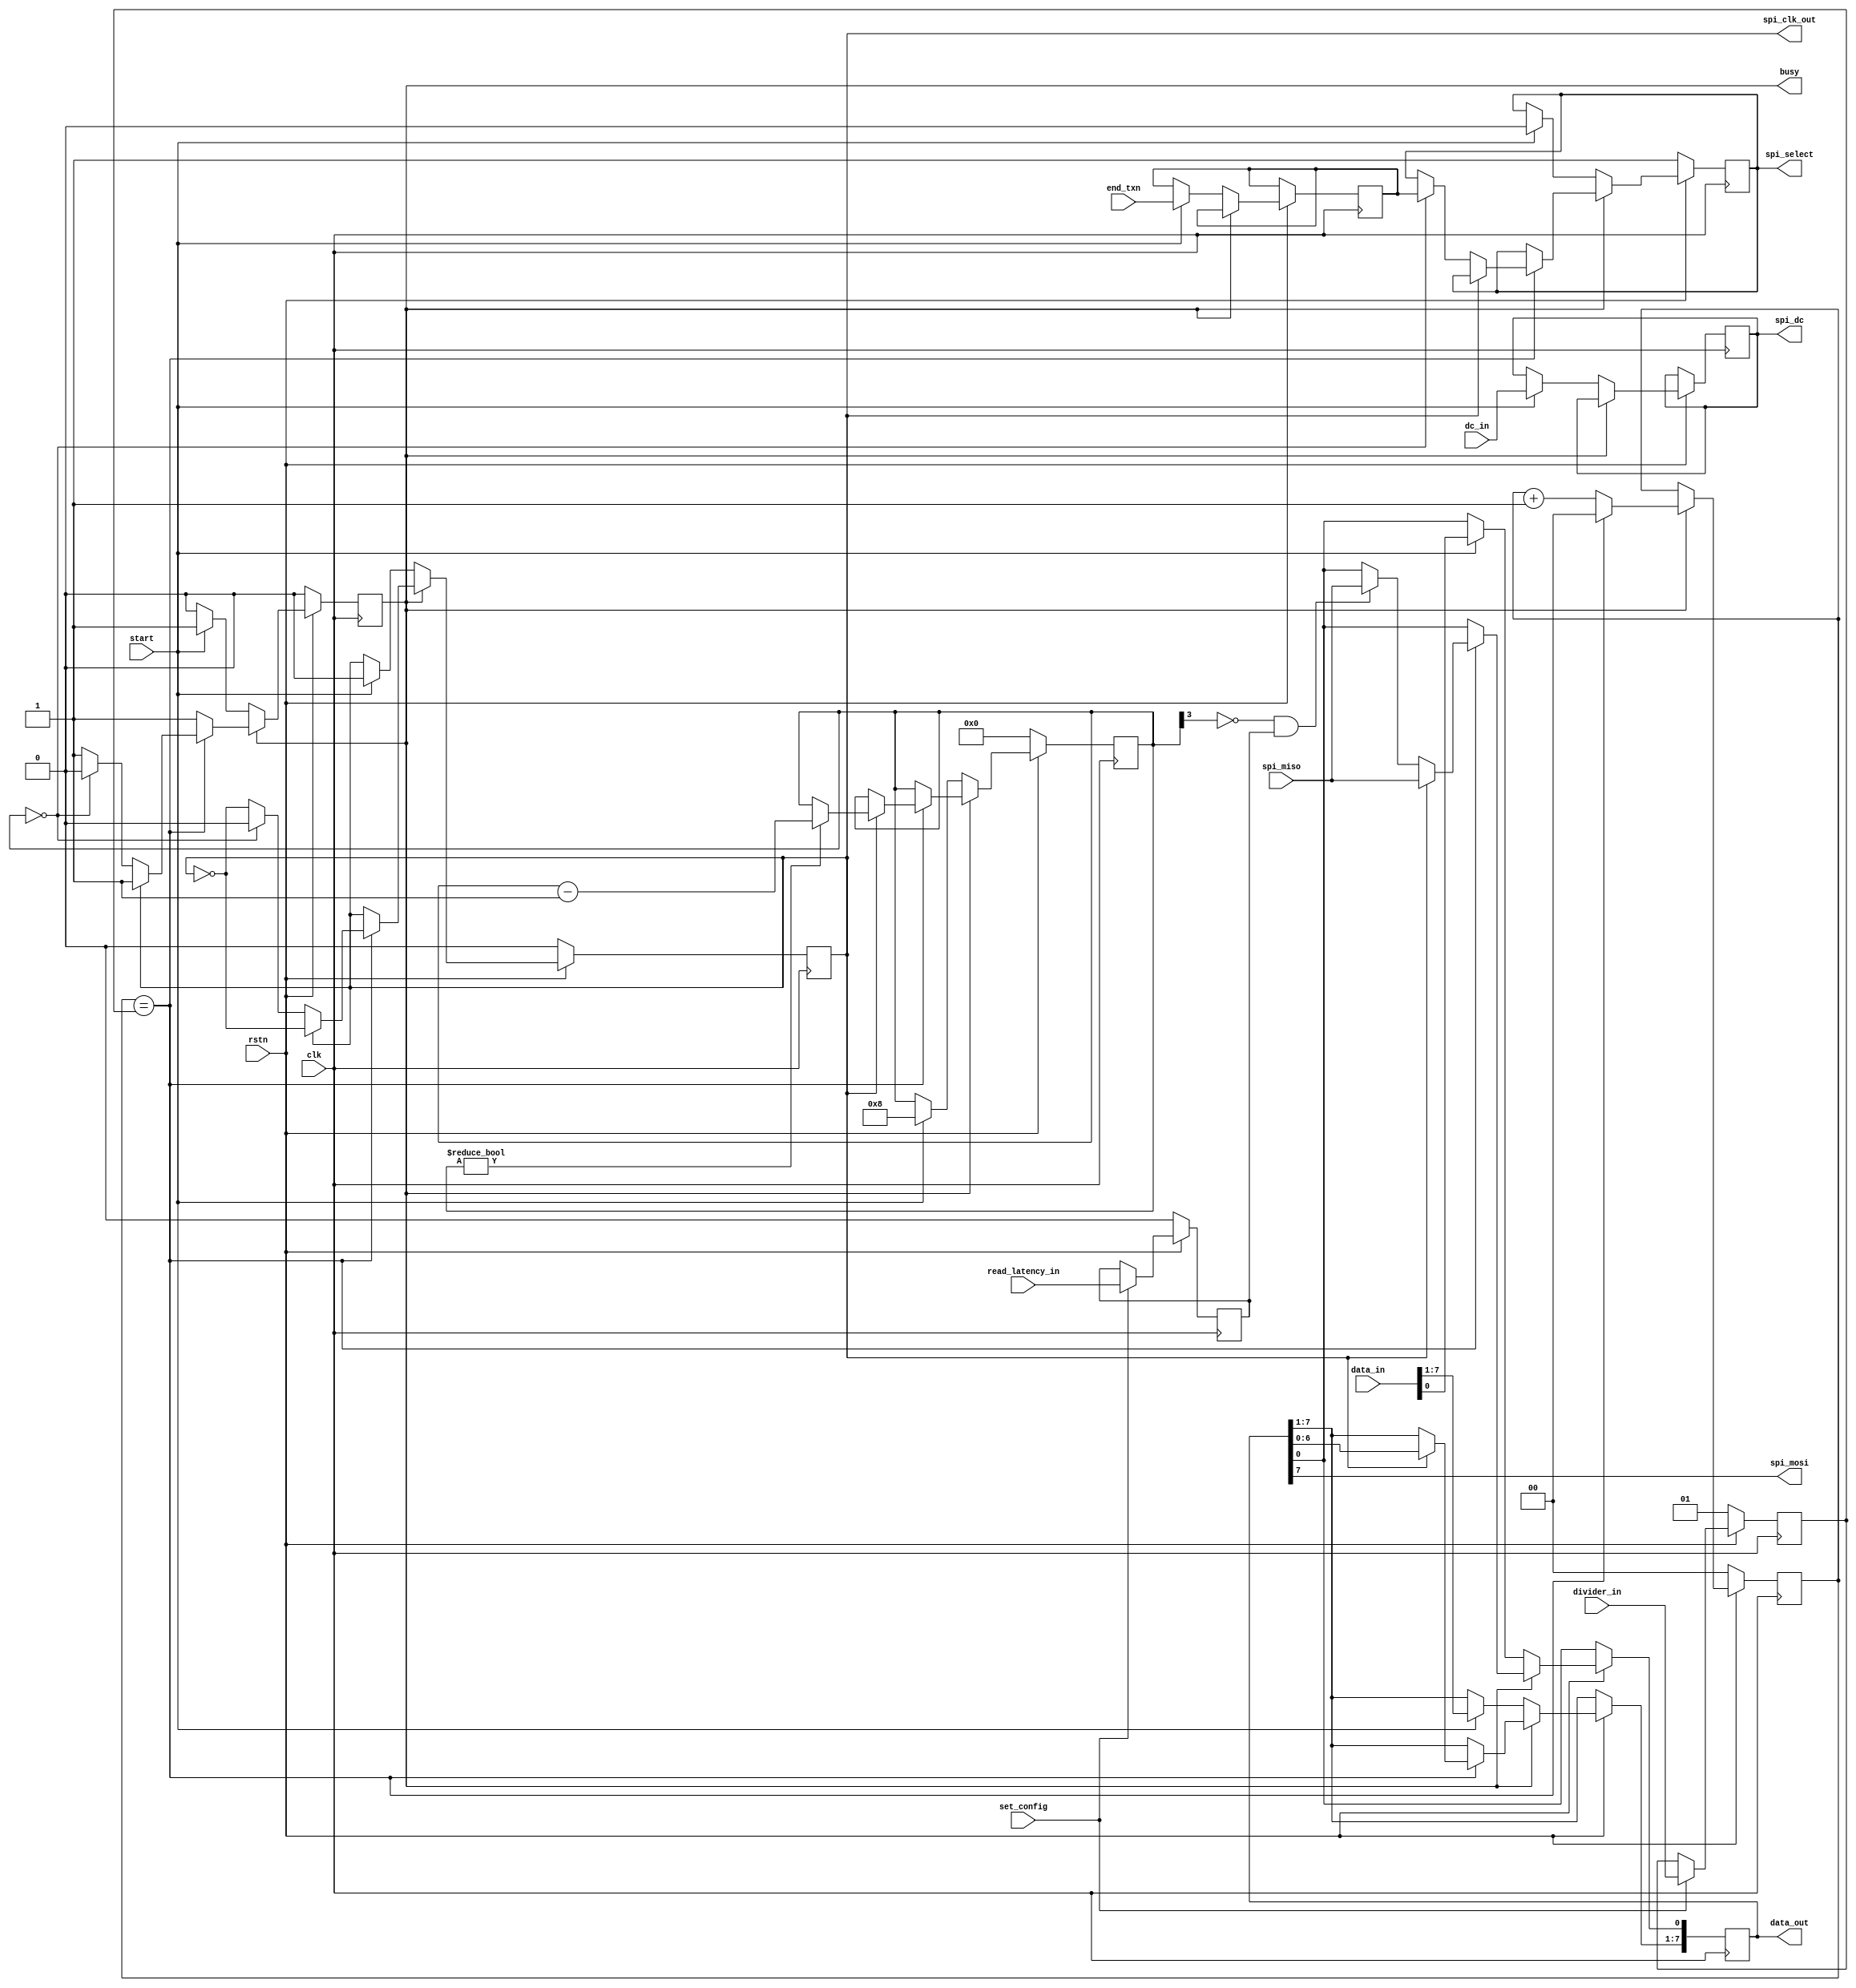
/* Copyright 2023-2024 (c) Michael Bell
   SPDX-License-Identifier: Apache-2.0

   A general SPI controller, with optional DC line for
   simple control of SPI LCDs.
   */

module spi_ctrl (
    input clk,
    input rstn,

    // External SPI interface
    input      spi_miso,
    output reg spi_select,
    output reg spi_clk_out,
    output     spi_mosi,
    output reg spi_dc,  // Data/command indication

    // Internal interface for reading/writing data
    input        dc_in,    // Written back to spi_dc when byte transmission begins
    input        end_txn,  // Whether to release CS at the end of this byte
    input  [7:0] data_in,  // Data to transmit
    input        start,    // Signal to start a transfer, set high for 1 clock when busy is low
    output [7:0] data_out, // Data read, valid when busy is low
    output reg   busy,     // Whether a transfer is in progress

    // Configuration
    input        set_config,  // Set high to change the clock divider
    input  [1:0] divider_in,  // SPI clock is input clock divided by 2 * (divider_in + 1)
    input        read_latency_in // If low reads are sampled half an SPI clock cycle after the rising edge, 
                                 // if high the sample is one SPI clock cycle later.
);

    reg [7:0] data;
    reg [3:0] bits_remaining;
    reg       end_txn_reg;
    reg [1:0] clock_count;
    reg [1:0] clock_divider;
    reg       read_latency;

    always @(posedge clk) begin
        if (!rstn) begin
            busy <= 0;
            spi_select <= 1;
            spi_clk_out <= 0;
            clock_count <= 0;
            bits_remaining <= 0;
        end else begin
            if (!busy) begin
                if (start) begin
                    busy <= 1;
                    data <= data_in;
                    spi_dc <= dc_in;
                    end_txn_reg <= end_txn;
                    bits_remaining <= 4'd8;
                    spi_select <= 0;
                    spi_clk_out <= 0;
                end
            end else begin
                clock_count <= clock_count + 2'b01;
                if (clock_count == clock_divider) begin
                    clock_count <= 0;
                    spi_clk_out <= !spi_clk_out;
                    if (spi_clk_out) begin
                        data <= {data[6:0], spi_miso};
                        if (bits_remaining != 0) begin
                            bits_remaining <= bits_remaining - 3'b001;
                        end
                    end else begin
                        if (bits_remaining[3] == 0 && read_latency) data[0] <= spi_miso;
                        if (bits_remaining == 0) begin
                            busy <= 0;
                            spi_select <= end_txn_reg;
                            spi_clk_out <= 0;
                        end
                    end
                end
            end
        end
    end

    always @(posedge clk) begin
        if (!rstn) begin
            clock_divider <= 1;
            read_latency <= 0;
        end else if (set_config) begin
            clock_divider <= divider_in;
            read_latency <= read_latency_in;
        end
    end

    assign spi_mosi = data[7];
    assign data_out = data;

endmodule